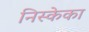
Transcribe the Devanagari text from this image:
निस्केका